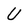
Character: U